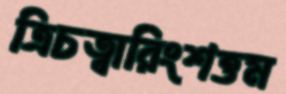
ত্রিচত্বারিংশত্তম